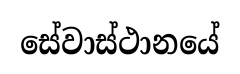
සේවාස්ථානයේ